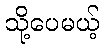
သို့ပေမယ့်